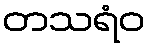
တသရံဝ